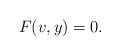
LaTeX: \begin{align*} F(v,y)=0.\end{align*}